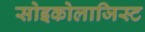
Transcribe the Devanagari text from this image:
सोइकोलाजिस्ट